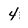
Character: 4